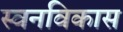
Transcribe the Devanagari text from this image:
स्वनविकास